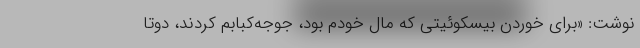
نوشت: «برای خوردن بیسکوئیتی که مال خودم بود، جوجه‌کبابم کردند، دوتا